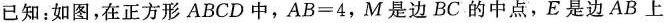
已知：如图，在正方形ABCD中，$$A B = 4$$，M是边BC的中点，E是边AB上